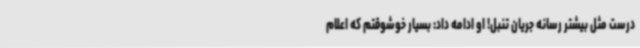
درست مثل بیشتر رسانه جریان تنبل! او ادامه داد: بسیار خوشوقتم که اعلام